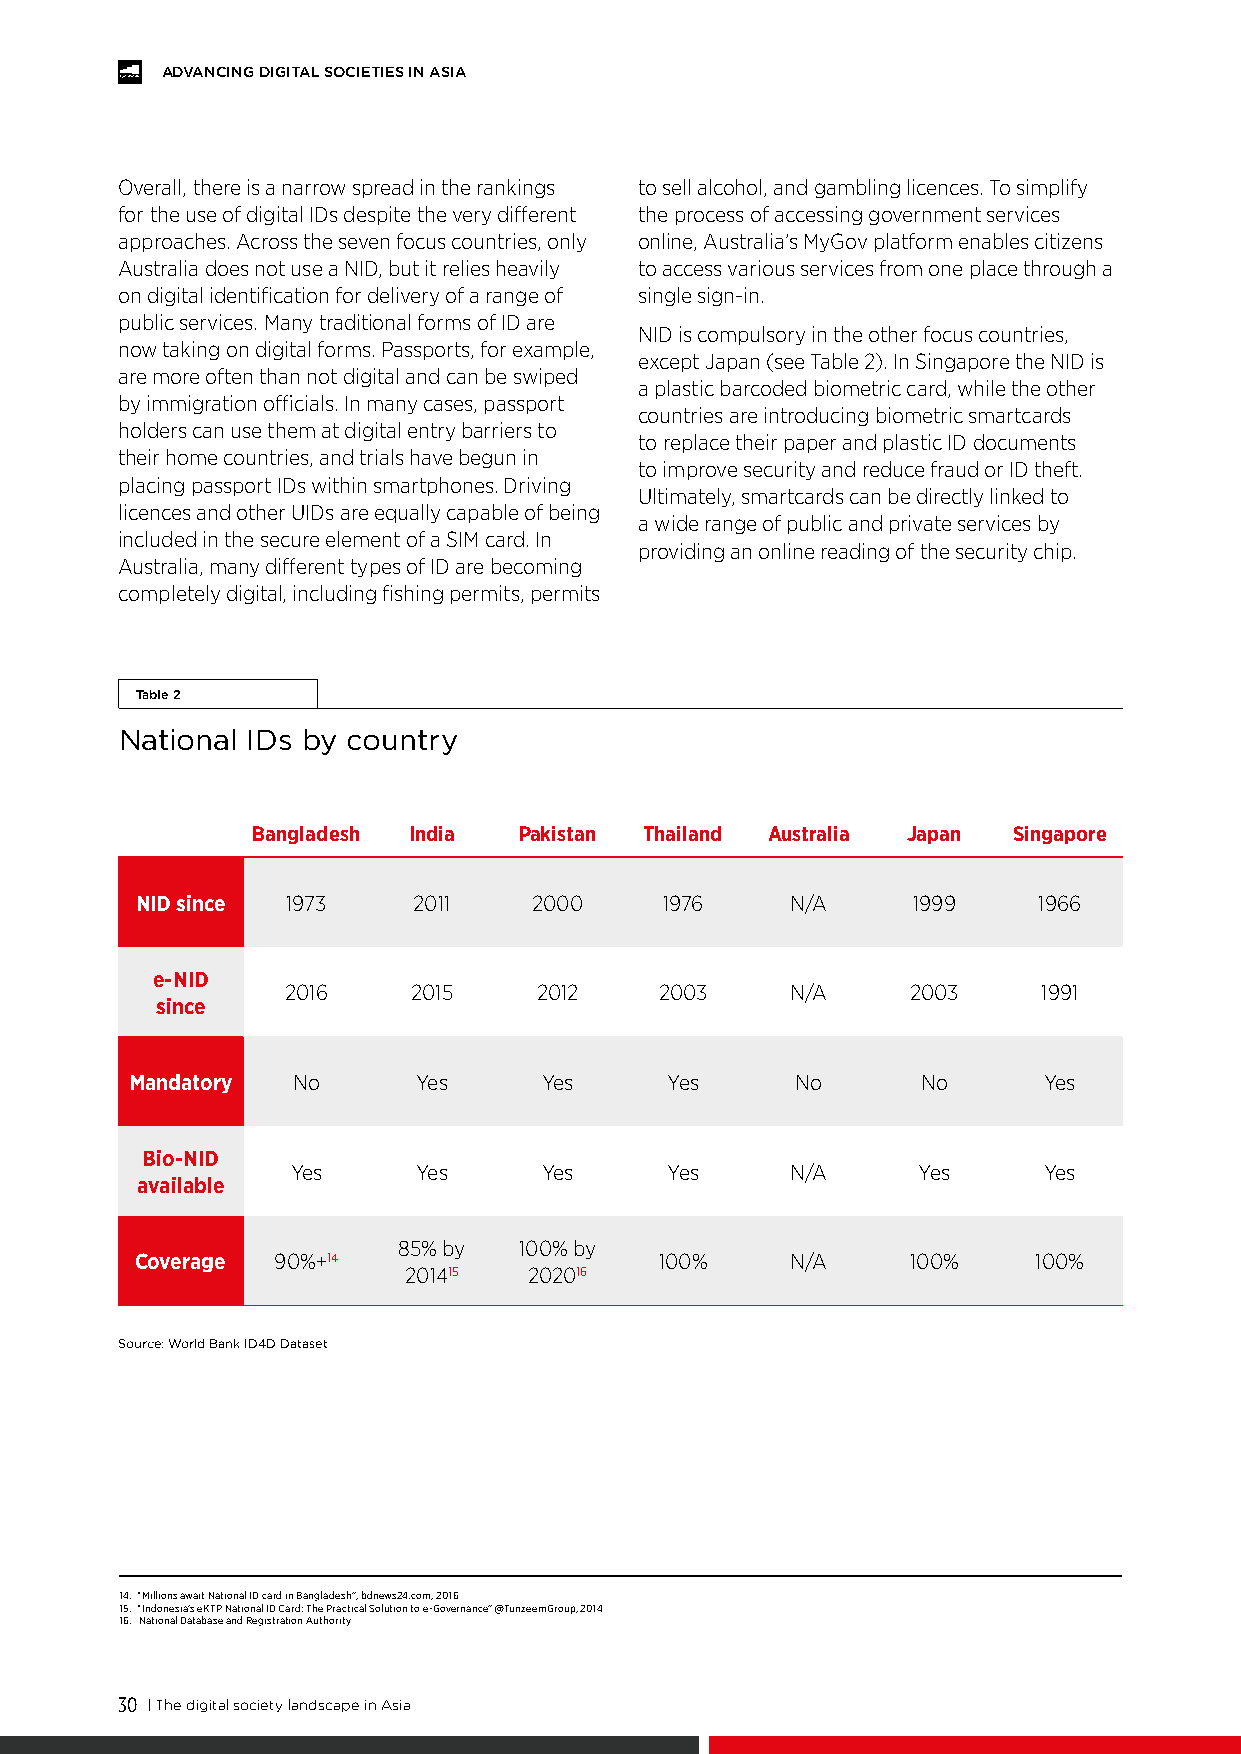
ADVANCING DIGITAL SOCIETIES IN ASIA
 Overall, there is a narrow spread in the rankings to sell alcohol, and gambling licences. To simplify
 for the use of digital IDs despite the very different the process of accessing government services
 approaches. Across the seven focus countries, only online, Australia’s MyGov platform enables citizens
 Australia does not use a NID, but it relies heavily to access various services from one place through a
 on digital identification for delivery of a range of single sign-in.
 public services. Many traditional forms of ID are
 NID is compulsory in the other focus countries,
 now taking on digital forms. Passports, for example,
 except Japan (see Table 2). In Singapore the NID is
 are more often than not digital and can be swiped
 a plastic barcoded biometric card, while the other
 by immigration officials. In many cases, passport
 countries are introducing biometric smartcards
 holders can use them at digital entry barriers to
 to replace their paper and plastic ID documents
 their home countries, and trials have begun in
 to improve security and reduce fraud or ID theft.
 placing passport IDs within smartphones. Driving
 Ultimately, smartcards can be directly linked to
 licences and other UIDs are equally capable of being
 a wide range of public and private services by
 included in the secure element of a SIM card. In
 providing an online reading of the security chip.
 Australia, many different types of ID are becoming
 completely digital, including fishing permits, permits
 Table 2
 National IDs by country
 Bangladesh India Pakistan Thailand Australia Japan Singapore
 NID since 1973    2011    2000     1976    N/A     1999     1966
 e-NID
 2016    2015    2012     2003    N/A     2003     1991
 since
 Mandatory No       Yes     Yes     Yes      No      No      Yes
 Bio-NID
 Yes      Yes     Yes     Yes     N/A      Yes     Yes
 available
 85% by  100% by
 Coverage 90%+14                    100%    N/A     100%     100%
 201415  202016
 Source: World Bank ID4D Dataset
 14. “Millions await National ID card in Bangladesh”, bdnews24.com, 2016
 15. “Indonesia’s eKTP National ID Card: The Practical Solution to e-Governance” @TunzeemGroup, 2014
 16. National Database and Registration Authority
 30 | The digital society landscape in Asia